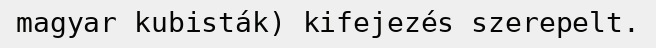
magyar kubisták) kifejezés szerepelt.